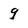
Character: 9